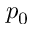
p _ { 0 }